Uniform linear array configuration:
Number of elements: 16
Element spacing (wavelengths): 0.25
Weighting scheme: hamming
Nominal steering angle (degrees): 45
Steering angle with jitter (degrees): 45.082
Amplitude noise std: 0.05
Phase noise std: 0.05

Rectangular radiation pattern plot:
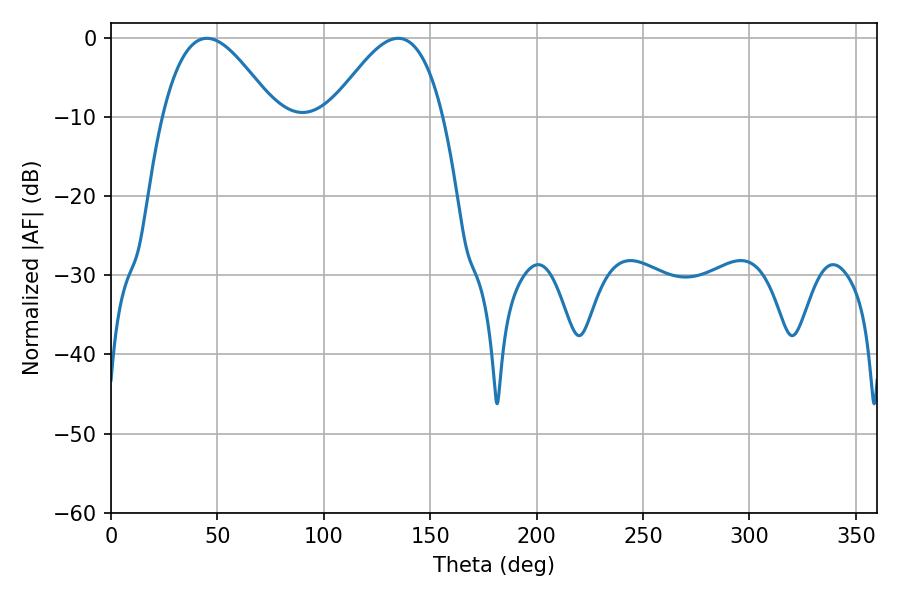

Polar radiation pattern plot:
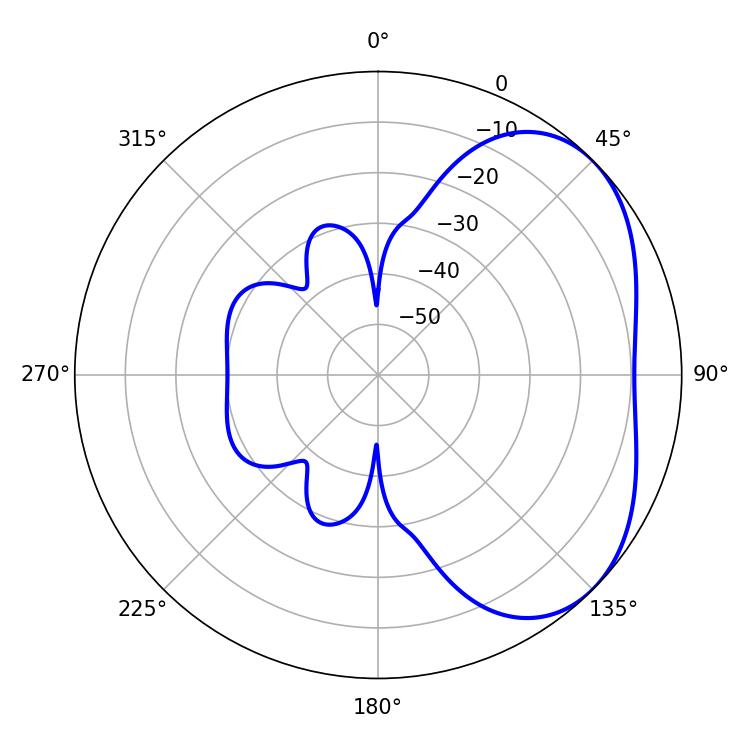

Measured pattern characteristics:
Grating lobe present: FALSE
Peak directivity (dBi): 3.795
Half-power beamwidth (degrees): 28.44
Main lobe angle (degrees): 45